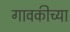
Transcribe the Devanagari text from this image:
गावकीच्या